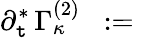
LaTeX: \partial_{\mathtt{t}}^{\ast}\, \Gamma_{\kappa}^{(2)}\; \; :=\; \;